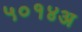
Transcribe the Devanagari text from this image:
५०१४अ